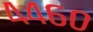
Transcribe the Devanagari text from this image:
४४६०